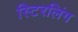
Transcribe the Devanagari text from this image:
स्टिरलिंग